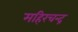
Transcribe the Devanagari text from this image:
महिरचन्द्र